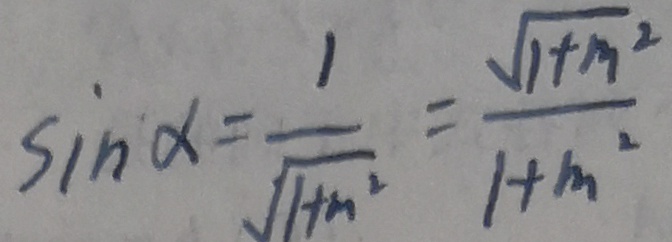
\sin \alpha = \frac { 1 } { \sqrt { 1 + n ^ { 2 } } } = \frac { \sqrt { 1 + m ^ { 2 } } } { 1 + m ^ { 2 } }